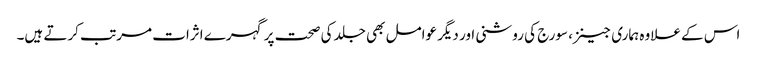
اس کے علاوہ ہماری جینز، سورج کی روشنی اور دیگر عوامل بھی جلد کی صحت پر گہرے اثرات مرتب کرتے ہیں۔